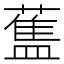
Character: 𰲃